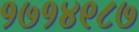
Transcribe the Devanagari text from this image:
१७१४९८७